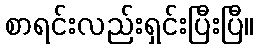
စာရင်းလည်းရှင်းပြီးပြီ။